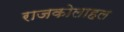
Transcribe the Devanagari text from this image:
राजकोलाहल